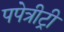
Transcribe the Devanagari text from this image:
पपेत्रीट्री